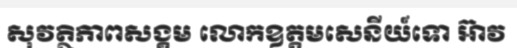
សុវត្ថិភាពសង្គម លោកឧត្តមសេនីយ៍ទោ អ៊ាវ